Insane asylums in Bengal annual reports 1867-1875 - 1867-1875
Year: 1867
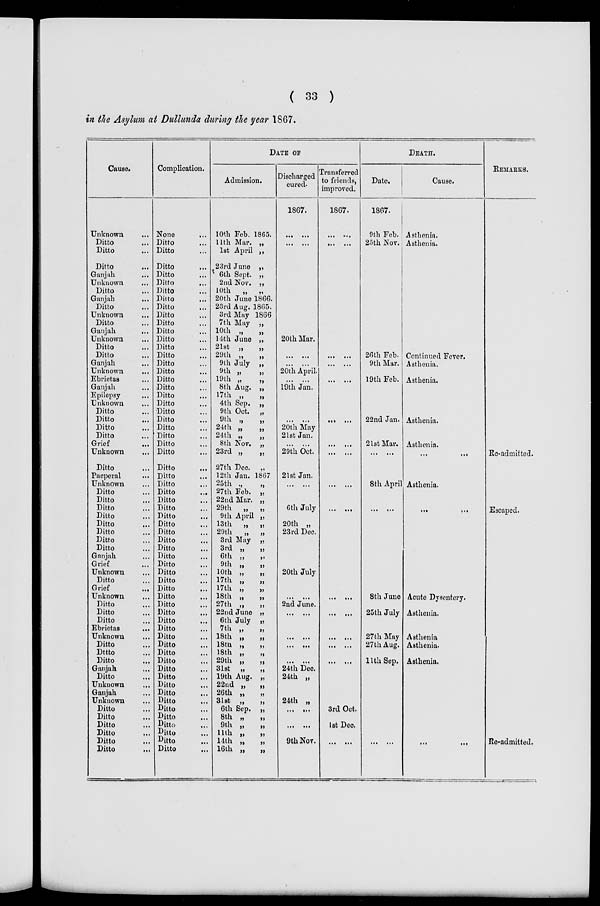
( 33 )
in the Asylum at Dullunda during the year 1867.
Cause.
Unknown ...
Ditto ...
Ditto ...
Ditto ...
Ganjah ...
Unknown ...
Ditto ...
Ganjah
...
Ditto ...
Unknown ...
Ditto ...
Ganjah ...
Unknown
Ditto ...
Ditto ...
Ganjah ...
Unknown ...
Ebrietas ...
Ganjah ...
Epilepsy ...
Unknown ...
Ditto ...
Ditto ...
Ditto ...
Ditto ...
Grief
...
Unknown
Ditto ...
Pacperal ...
Unknown ...
Ditto ...
Ditto ...
Ditto ...
Ditto ...
Ditto ...
Ditto ...
Ditto ...
Ditto ...
Ganjah ...
Grief ...
Unknown ...
Ditto ...
Grief
...
Unknown ...
Ditto ...
Ditto ...
Ditto ...
Ebrietas
...
Unknown ...
Ditto ...
Dttto ...
Ditto ...
Ganjah ...
Ditto ...
Unknown ...
Ganjah ...
Unknown ...
Ditto ...
Ditto ...
Ditto ...
Ditto ...
Ditto ...
Ditto
...
Complication.
None ...
Ditto ...
Ditto ...
Ditto ...
Ditto ...
Ditto ...
Ditto ...
Ditto ...
Ditto ...
Ditto ...
Ditto ...
Ditto ...
Ditto
Ditto ...
Ditto ...
Ditto ...
Ditto ...
Ditto ...
Ditto ...
Ditto ...
Ditto ...
Ditto ...
Ditto ...
Ditto ...
Ditto ...
Ditto ...
Ditto ...
Ditto ...
Ditto ...
Ditto ...
Ditto ...
Ditto ...
Ditto ...
Ditto ...
Ditto ...
Ditto ...
Ditto ...
Ditto ...
Ditto ...
Ditto ...
Ditto ...
Ditto ...
Ditto ...
Ditto ...
Ditto ...
Ditto ...
Ditto ...
Ditto ...
Ditto ...
Ditto ...
Ditto ...
Ditto ...
Ditto ...
Ditto ...
Ditto ...
Ditto ...
Ditto ...
Ditto ...
Ditto ...
Ditto ...
Ditto ...
Ditto ...
Ditto ...
DATE OF
Admission.
10th Feb. 1865.
11th Mar. „
1st April „
23rd June „
6th Sept. „
2nd Nov. „
10th „
„
20th June 1866.
23rd Aug. 1865.
3rd May 1866
7th May „
10th „ „
14th June „
21st „
„
29th „
„
9th July „
9th „ „
19th „
„
8th Aug. „
17th „ „
4th Sep. „
9 th Oct. „
9th „ „
24th „ „
24th „ „
8th Nov. „
23rd „ „
27th Dec. „
12th Jan. 1867
25th „ „
27th Feb. „
22nd Mar. „
29th „
„
9th April „
13th „
„
29th
„
„
3rd May „
3rd „
„
6th „ „
9th „
„
10th „
„
17th „
„
17th „
„
18th „
„
27th „
„
22nd June „
6th July „
7th „
„
18th „
„
18th „
„
18th „
„
29th „
„
31st „
„
19th Aug. „
22nd „
„
26th „
„
31st „
„
6th Sep. „
8th „
„
9th „
„
11th „
„
14th „
„
16th „
„
Discharged
cured.
1867.
... ...
... ...
20th Mar.
... ...
... ...
20th April.
... ...
19th Jan.
... ...
20th May
21st Jan.
... ...
29th Oct.
21st Jan.
... ...
6th July
20th „
23rd Dec.
20th July
... ...
2nd June.
... ...
... ...
...
...
... ...
24th Dec.
24th „
24th „
... ...
... ...
9th Nov.
Transferred
to friends,
improved.
1867.
... ...
... ...
... ...
... ...
... ...
... ...
... ...
... ...
... ...
... ...
... ...
... ...
...
...
3rd Oct.
1st Dec.
...
...
DEATH.
Date.
1867.
9th Feb.
25th Nov.
26th Feb.
9th Mar.
19th Feb.
22nd Jan.
21st Mar.
... ...
8th April
... ...
8th June
25th July
27th May
27th Aug.
11th Sep.
...
...
Cause.
Asthenia.
Asthenia.
Continued Fever.
Asthenia.
Asthenia.
Asthenia.
Asthenia.
...
...
Asthenia.
...
...
Acute Dysentery.
Asthenia.
Asthenia
Asthenia.
Asthenia.
...
...
REMARKS.
Re-admitted.
Escaped.
Re-admitted.